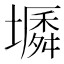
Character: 𡑬